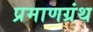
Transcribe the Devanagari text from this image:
प्रमाणग्रंथ